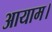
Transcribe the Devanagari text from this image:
आयाम।